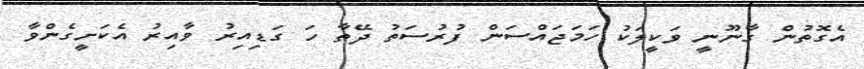
އެގޮތުން ގާނޫނީ ވަކީލަކު ހަމަޖައްސަން ފުރުސަތު ދޭތާ ހަ ގަޑިއިރު ވާއިރު އެކަށީގެންވާ